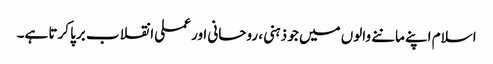
اسلام اپنے ماننے والوں میں جو ذہنی ، روحانی اور عملی انقلاب برپا کرتا ہے۔